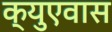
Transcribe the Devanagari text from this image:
क्युएवास